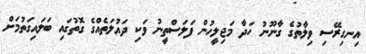
އިނގިރޭސި ވިލާތުގެ ގާނޫނު ހަދާ މަޖިލީހުން ފަލަސްތީނު ވަކި ދައުލަތެއްގެ ގޮތުގައި ބަލައިގަތުމަށް